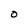
Character: O